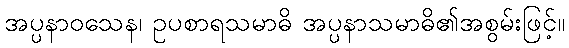
အပ္ပနာဝသေန၊ ဥပစာရသမာဓိ အပ္ပနာသမာဓိ၏အစွမ်းဖြင့်။